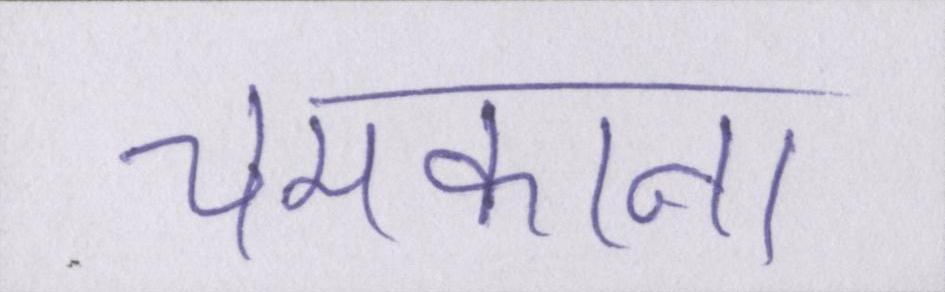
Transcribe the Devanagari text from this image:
चमकाना